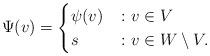
LaTeX: \begin{align*} &\Psi(v) = \begin{cases} \psi(v) & \colon v \in V \\ s & \colon v \in W \setminus V . \end{cases}\end{align*}